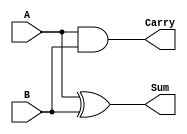
module half_adder (
    input wire A,       // First input
    input wire B,       // Second input
    output wire Sum,    // Sum output
    output wire Carry   // Carry output
);
    assign Sum = A ^ B;      // XOR for Sum
    assign Carry = A & B;    // AND for Carry
endmodule